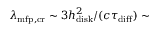
\lambda _ { \mathrm { m f p , c r } } \sim 3 h _ { \mathrm { d i s k } } ^ { 2 } / ( c \tau _ { \mathrm { d i f f } } ) \sim